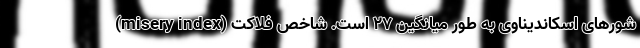
شورهای اسکاندیناوی به طور میانگین ۲۷ است. شاخص فلاکت (misery index)